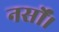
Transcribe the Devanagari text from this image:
नर्सों।